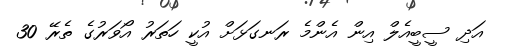
އަދި ސީބީއެލް އިން އެންމެ ރަނގަޅަށް އުކީ ހަތަރު އޯވަރުގެ ތެރޭ 30